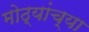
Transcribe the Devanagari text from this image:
मोठ्यांच्या